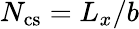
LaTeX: N_{\mathrm{cs}}=L_{x}/b